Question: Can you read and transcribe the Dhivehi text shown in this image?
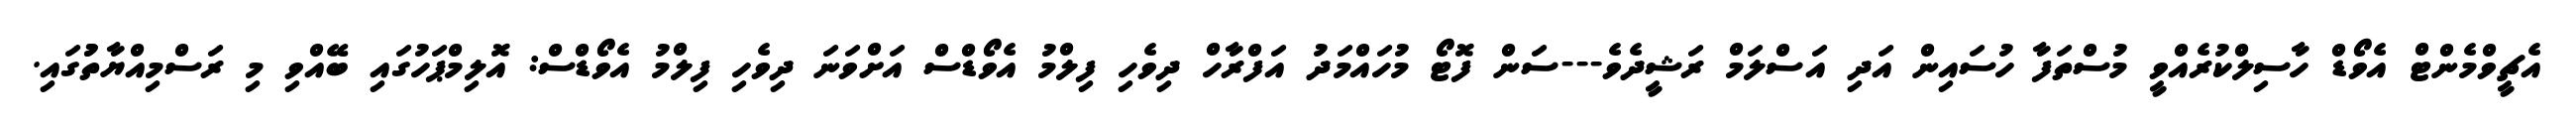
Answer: އެޗީވްމެންޓް އެވޯޑް ހާސިލްކުރެއްވީ މުސްތަފާ ހުސައިން އަދި އަސްލަމް ރަޝީދެވެ---ސަން ފޮޓޯ މުހައްމަދު އަފްރާހް ދިވެހި ފިލްމު އެވޯޑްސް އަށްވަނަ ދިވެހި ފިލްމު އެވޯޑްސް: އޮލިމްޕަހުގައި ބޭއްވި މި ރަސްމިއްޔާތުުގައި.